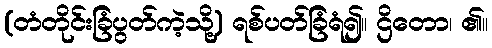
(တံတိုင်းခြံပွတ်ကဲ့သို့) ရစ်ပတ်ခြံရံ၍။ ဌိတော၊ ၏။